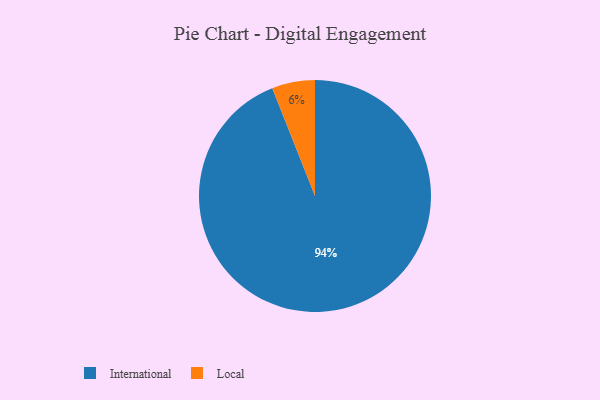
{"axis": {"x": "Category", "y": "Percentage"}, "legend": ["International", "Local"], "data": [{"x": "International", "y": 94, "type": "International"}, {"x": "Local", "y": 6, "type": "Local"}]}